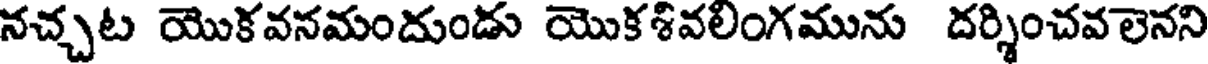
నచ్చట యొకవనమందుండు యొకశివలింగమును దర్శించవలనని